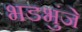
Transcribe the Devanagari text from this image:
भडभुंजे